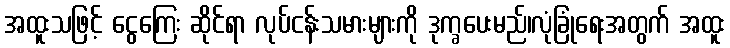
အထူးသဖြင့် ငွေကြေး ဆိုင်ရာ လုပ်ငန်းသမားများကို ဒုက္ခပေးမည်၊လုံခြုံရေးအတွက် အထူး